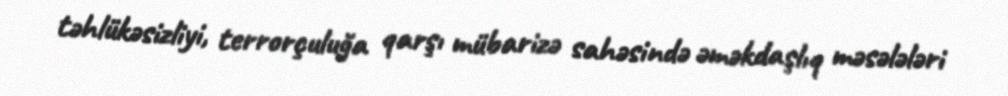
təhlükəsizliyi, terrorçuluğa qarşı mübarizə sahəsində əməkdaşlıq məsələləri